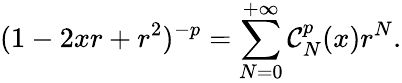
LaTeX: (1-2xr+r^{2})^{-p}=\sum_{N=0}^{+\infty}\mathcal{C}_{N}^{p}(x)r^{N}.